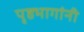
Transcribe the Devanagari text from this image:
पृष्ठभागांनी